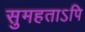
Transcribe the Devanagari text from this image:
सुमहताऽपि